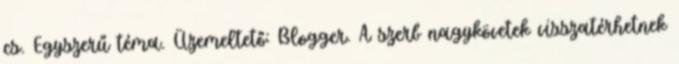
cs. Egyszerű téma. Üzemeltető: Blogger. A szerb nagykövetek visszatérhetnek